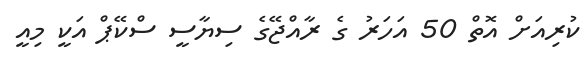
ކުރިއަށް އޮތް 50 އަހަރު ގެ ރާއްޖޭގެ ސިޔާސީ ސްކޭޕް އަކީ މިއީ